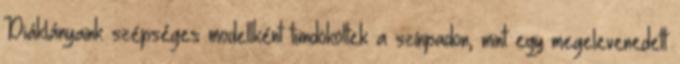
Diáklányaink szépséges modellként tündököltek a színpadon, mint egy megelevenedett